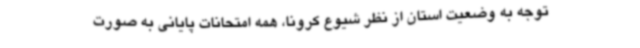
توجه به وضعیت استان از نظر شیوع کرونا، همه امتحانات پایانی به صورت